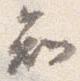
知